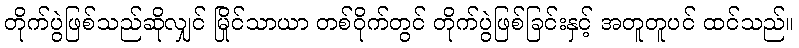
တိုက်ပွဲဖြစ်သည်ဆိုလျှင် မြိုင်သာယာ တစ်ဝိုက်တွင် တိုက်ပွဲဖြစ်ခြင်းနှင့် အတူတူပင် ထင်သည်။